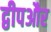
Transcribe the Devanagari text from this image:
द्वीपऔर